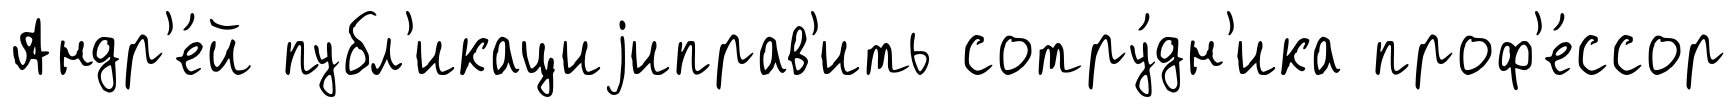
Андр'е́й публ'икациjиправ'ить сотру́дн'ика проф'е́ссор